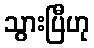
သွားပြီဟု